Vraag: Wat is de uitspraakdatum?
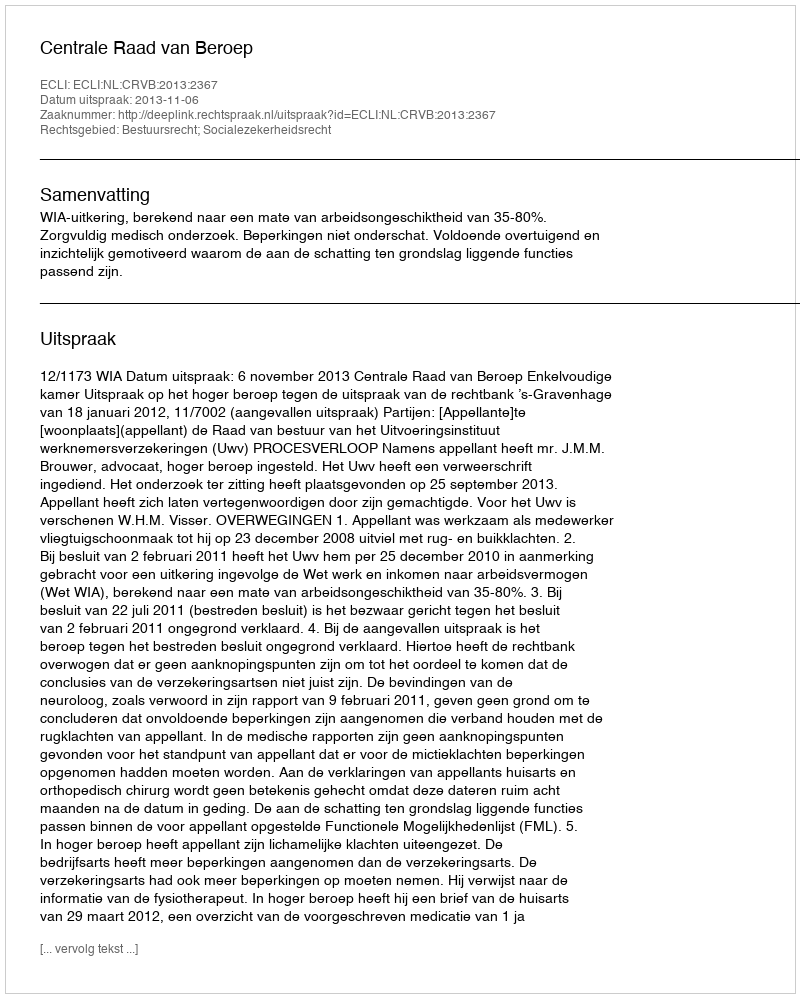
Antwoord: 2013-11-06